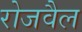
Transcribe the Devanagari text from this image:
रोजवैल